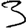
Digit: 3